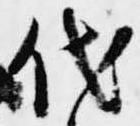
代